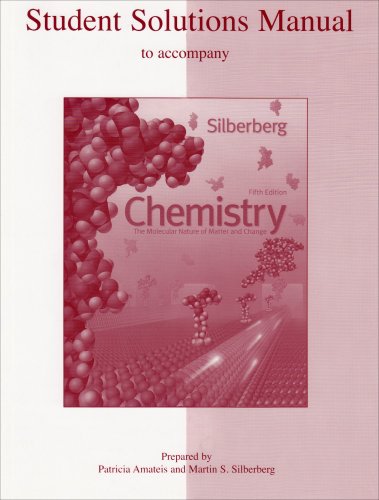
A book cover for Student Solutions Manual to accompany Chemistry: The Molecular Nature of Matter and Change; Martin Silberberg; Science & Math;